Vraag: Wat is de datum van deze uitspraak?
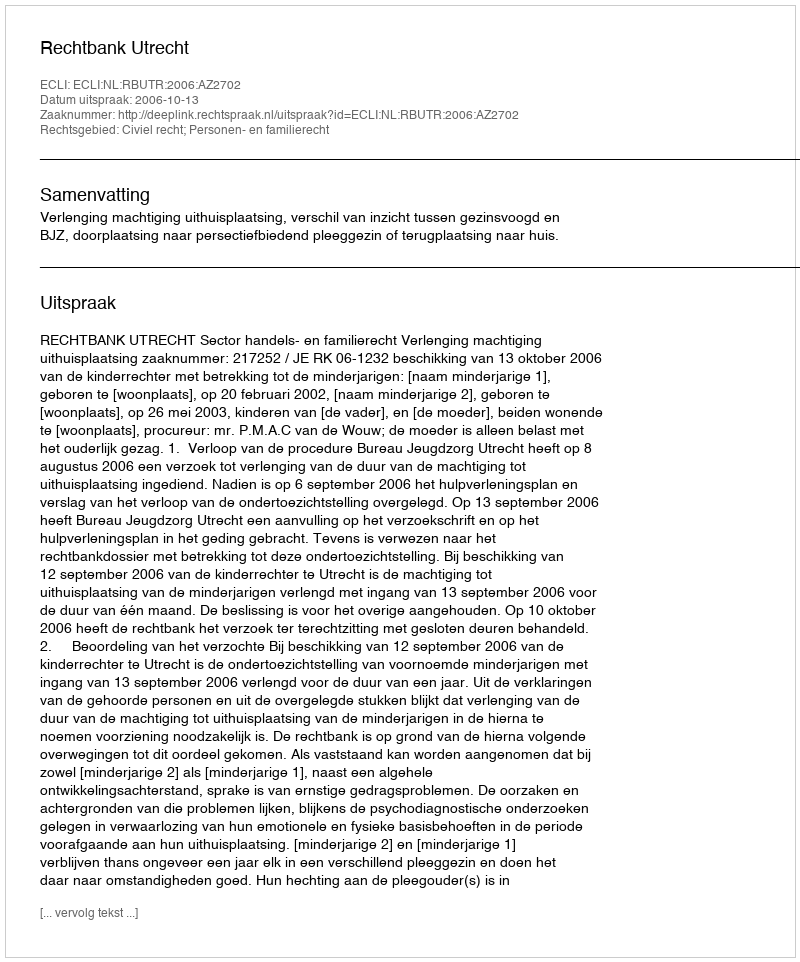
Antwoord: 2006-10-13